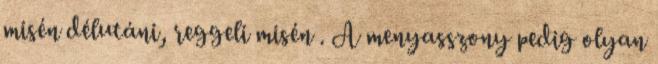
misén délutáni, reggeli misén . A menyasszony pedig olyan